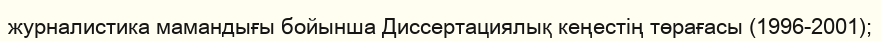
журналистика мамандығы бойынша Диссертациялық кеңестің төрағасы (1996-2001);